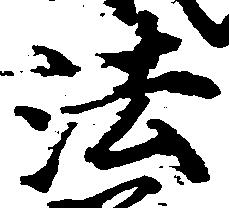
法